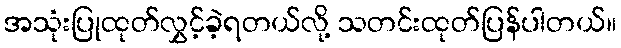
အသုံးပြုထုတ်လွှင့်ခဲ့ရတယ်လို့ သတင်းထုတ်ပြန်ပါတယ်။